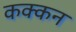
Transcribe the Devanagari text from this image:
कक्कन